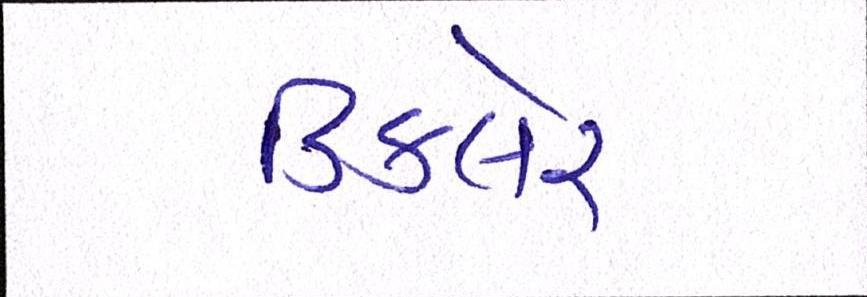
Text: ડિકલેર